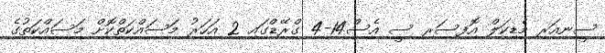
ސީނިއަރ މެޑިކަލް އޮފިސަރ ސީ އެސް14-4 ގްރޭޑްގައި 2 އަހަރު މަސައްކަތްކޮށް މަސައްކަތުގެ